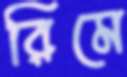
রিমে